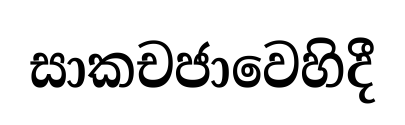
සාකචජාවෙහිදී